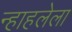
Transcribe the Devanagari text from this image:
न्हाहलेला